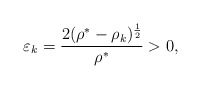
\begin{align*} \varepsilon_{k}=\frac{2(\rho^*-\rho_{k})^{\frac12}}{\rho^*}>0,\end{align*}